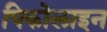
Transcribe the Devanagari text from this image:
पिकोलाइन